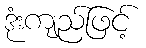
ဒုံးကျည်ဖြင့်